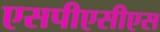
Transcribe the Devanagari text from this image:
एसपीएसीएस